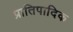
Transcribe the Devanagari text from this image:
प्रातिपादिक